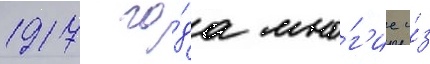
1917 го́да мно́г'ие и́з